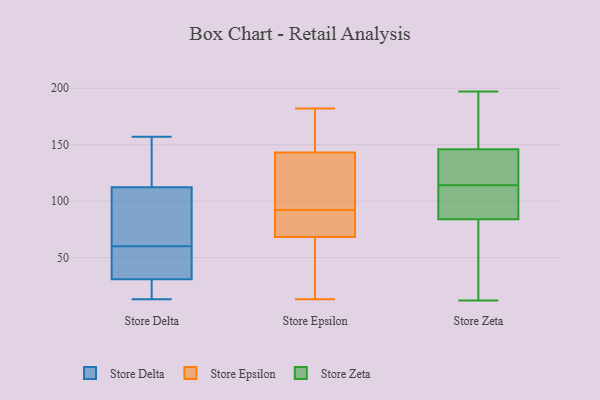
{"axis": {"x": "Bounce Rate (%)", "y": "Value"}, "legend": ["Store Delta", "Store Epsilon", "Store Zeta"], "data": [{"x": "", "y": 45, "type": "Store Delta"}, {"x": "", "y": 148, "type": "Store Delta"}, {"x": "", "y": 21, "type": "Store Delta"}, {"x": "", "y": 142, "type": "Store Delta"}, {"x": "", "y": 73, "type": "Store Delta"}, {"x": "", "y": 13, "type": "Store Delta"}, {"x": "", "y": 60, "type": "Store Delta"}, {"x": "", "y": 25, "type": "Store Delta"}, {"x": "", "y": 98, "type": "Store Delta"}, {"x": "", "y": 27, "type": "Store Delta"}, {"x": "", "y": 42, "type": "Store Delta"}, {"x": "", "y": 129, "type": "Store Delta"}, {"x": "", "y": 51, "type": "Store Delta"}, {"x": "", "y": 157, "type": "Store Delta"}, {"x": "", "y": 69, "type": "Store Delta"}, {"x": "", "y": 85, "type": "Store Delta"}, {"x": "", "y": 117, "type": "Store Delta"}, {"x": "", "y": 23, "type": "Store Delta"}, {"x": "", "y": 56, "type": "Store Delta"}, {"x": "", "y": 176, "type": "Store Epsilon"}, {"x": "", "y": 83, "type": "Store Epsilon"}, {"x": "", "y": 92, "type": "Store Epsilon"}, {"x": "", "y": 113, "type": "Store Epsilon"}, {"x": "", "y": 66, "type": "Store Epsilon"}, {"x": "", "y": 168, "type": "Store Epsilon"}, {"x": "", "y": 59, "type": "Store Epsilon"}, {"x": "", "y": 75, "type": "Store Epsilon"}, {"x": "", "y": 78, "type": "Store Epsilon"}, {"x": "", "y": 90, "type": "Store Epsilon"}, {"x": "", "y": 51, "type": "Store Epsilon"}, {"x": "", "y": 145, "type": "Store Epsilon"}, {"x": "", "y": 121, "type": "Store Epsilon"}, {"x": "", "y": 125, "type": "Store Epsilon"}, {"x": "", "y": 40, "type": "Store Epsilon"}, {"x": "", "y": 137, "type": "Store Epsilon"}, {"x": "", "y": 167, "type": "Store Epsilon"}, {"x": "", "y": 182, "type": "Store Epsilon"}, {"x": "", "y": 13, "type": "Store Epsilon"}, {"x": "", "y": 84, "type": "Store Zeta"}, {"x": "", "y": 146, "type": "Store Zeta"}, {"x": "", "y": 49, "type": "Store Zeta"}, {"x": "", "y": 108, "type": "Store Zeta"}, {"x": "", "y": 120, "type": "Store Zeta"}, {"x": "", "y": 196, "type": "Store Zeta"}, {"x": "", "y": 105, "type": "Store Zeta"}, {"x": "", "y": 12, "type": "Store Zeta"}, {"x": "", "y": 39, "type": "Store Zeta"}, {"x": "", "y": 168, "type": "Store Zeta"}, {"x": "", "y": 89, "type": "Store Zeta"}, {"x": "", "y": 85, "type": "Store Zeta"}, {"x": "", "y": 27, "type": "Store Zeta"}, {"x": "", "y": 197, "type": "Store Zeta"}, {"x": "", "y": 130, "type": "Store Zeta"}, {"x": "", "y": 145, "type": "Store Zeta"}, {"x": "", "y": 192, "type": "Store Zeta"}, {"x": "", "y": 141, "type": "Store Zeta"}]}